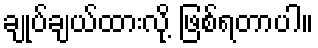
ချုပ်ချယ်ထားလို့ ဖြစ်ရတာပါ။